Report of the Imperial Institute of Veterinary Research, Muktesar
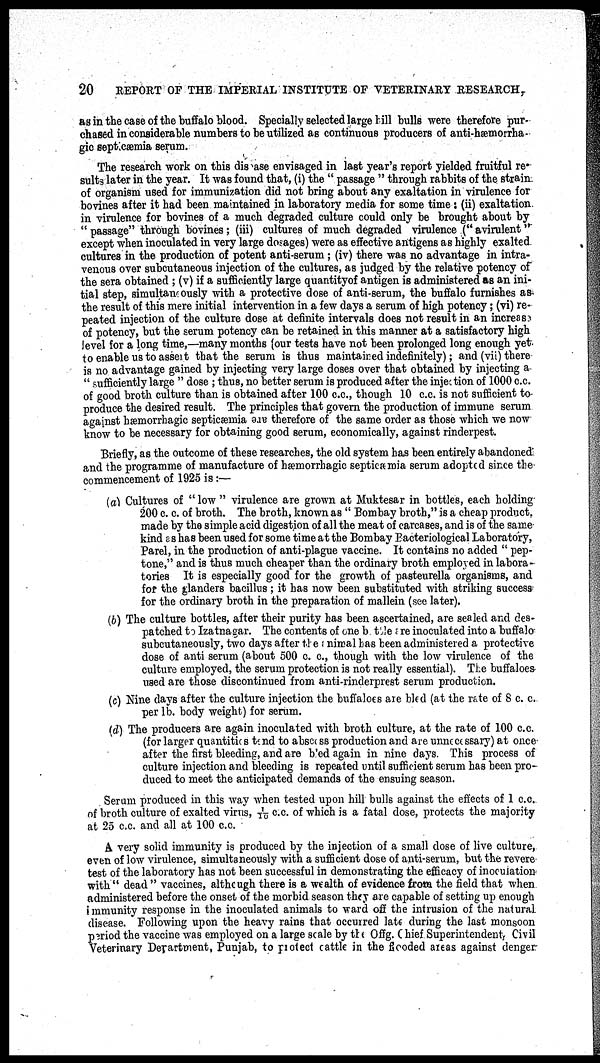
20 REPORT OF THE IMPERIAL INSTITUTE OF VETERINARY RESEARCH,
as in the case of the buffalo blood. Specially selected large hill bulls were therefore pur-
chased in considerable numbers to be utilized as continuous producers of anti-hæmorrha-
gic septicæmia serum.
The research work on this disease envisaged in last year's report yielded fruitful re¬
sults later in the year. It was found that, (i) the " passage " through rabbits of the strain
of organism used for immunization did not bring about any exaltation in virulence for
bovines after it had been maintained in laboratory media for some time : (ii) exaltation
in virulence for bovines of a much degraded culture could only be brought about by
" passage" through bovines; (iii) cultures of much degraded virulence (" avirulent "
except when inoculated in very large dosages) were as effective antigens as highly exalted
cultures in the production of potent anti-serum ; (iv) there was no advantage in intra-
venous over subcutaneous injection of the cultures, as judged by the relative potency of
the sera obtained ; (v) if a sufficiently large quantity of antigen is administered as an ini-
tial step, simultaneously with a protective dose of anti-serum, the buffalo furnishes as
the result of this mere initial intervention in a few days a serum of high potency ; (vi) re-
peated injection of the culture dose at definite intervals does not result in an increase
of potency, but the serum potency can be retained in this manner at a satisfactory high
level for a long time,—many months (our tests have not been prolonged long enough yet
to enable us to assert that the serum is thus maintained indefinitely); and (vii) there
is no advantage gained by injecting very large doses over that obtained by injecting a
" sufficiently large " dose ; thus, no better serum is produced after the injection of 1000 c.c.
of good broth culture than is obtained after 100 c.c., though 10 c.c. is not sufficient to
produce the desired result. The principles that govern the production of immune serum
against hæmorrhagic septicæmia are therefore of the same order as those which we now
know to be necessary for obtaining good serum, economically, against rinderpest.
Briefly, as the outcome of these researches, the old system has been entirely abandoned
and the programme of manufacture of hæmorrhagic septicæmia serum adopted since the
commencement of 1925 is :—
(a) Cultures of " low " virulence are grown at Muktesar in bottles, each holding
200 c. c. of broth. The broth, known as " Bombay broth," is a cheap product,
made by the simple acid digestion of all the meat of carcases, and is of the same
kind as has been used for some time at the Bombay Bacteriological Laboratory,
Parel, in the production of anti-plague vaccine. It contains no added " pep-
tone," and is thus much cheaper than the ordinary broth employed in labora-
tories It is especially good for the growth of pasteurella organisms, and
for the glanders bacillus ; it has now been substituted with striking success
for the ordinary broth in the preparation of mallein (see later).
(b) The culture bottles, after their purity has been ascertained, are sealed and des-
patched to Izatnagar. The contents of one bottle are inoculated into a buffalo
subcutaneoualy, two days after the animal has been administered a protective
dose of anti serum (about 500 c. c., though with the low virulence of the
culture employed, the serum protection is not really essential). The buffaloes
used are those discontinued from anti-rinderprest serum production.
(c) Nine days after the culture injection the buffaloes are bled (at the rate of 8 c. c.
per lb. body weight) for serum.
(d) The producers are again inoculated with broth culture, at the rate of 100 c.c.
(for larger quantities tend to abscess production and are unnecessary) at once
after the first bleeding, and are b'ed again in nine days. This process of
culture injection and bleeding is repeated until sufficient serum has been pro-
duced to meet the anticipated demands of the ensuing season.
Serum produced in this way when tested upon hill bulls against the effects of 1 c.c.
of broth culture of exalted virus, 1/10 c.c. of which is a fatal dose, protects the majority
at 25 c.c. and all at 100 c.c.
A very solid immunity is produced by the injection of a small dose of live culture,
even of low virulence, simultaneously with a sufficient dose of anti-serum, but the revere
test of the laboratory has not been successful in demonstrating the efficacy of inoculation
with" dead " vaccines, although there is a wealth of evidence from the field that when
administered before the onset of the morbid season they are capable of setting up enough
immunity response in the inoculated animals to ward off the intrusion of the natural
disease. Following upon the heavy rains that occurred late during the last monsoon
period the vaccine was employed on a large scale by the Offg. Chief Superintendent, Civil
Veterinary Department, Punjab, to protect cattle in the flooded areas against denger